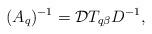
LaTeX: \begin{align*} (A_q)^{-1}= \mathcal{D}T_{q\beta} D^{-1},\end{align*}